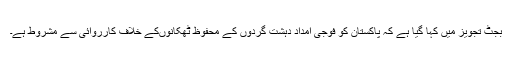
بجٹ تجویز میں کہا گیا ہے کہ پاکستان کو فوجی امداد دہشت گردوں کے محفوظ ٹھکانوںکے خلاف کارروائی سے مشروط ہے۔